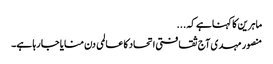
ماہرین کا کہنا ہے کہ ...
منصور مہدی آج ثقافتی اتحاد کا عالمی دن منایا جا رہا ہے۔